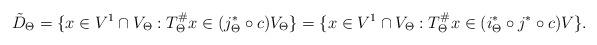
LaTeX: \begin{align*}\tilde D_\Theta = \{x\in V^1\cap V_\Theta: T^\#_\Theta x \in (j_\Theta^*\circ c)V_\Theta \}= \{x\in V^1\cap V_\Theta: T^\#_\Theta x\in (i^*_\Theta\circ j^*\circ c)V\}.\end{align*}